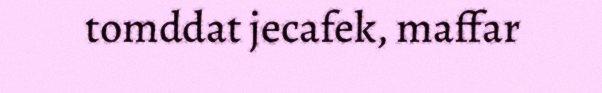
tomddat jecafek, maffar